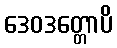
ဒေဝဒတ္တောပိ